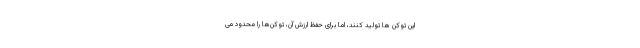
این توکن ها تولید کنند، اما برای حفظ ارزش آن، توکن‌ها را محدود می